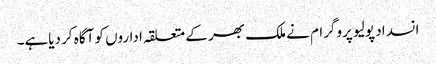
انسداد پولیو پروگرام نے ملک بھر کے متعلقہ اداروں کو آگاہ کر دیاہے۔